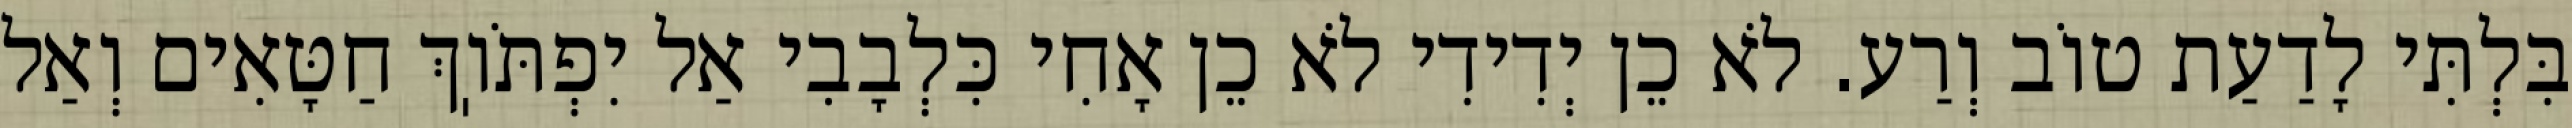
בִּלְתִּי לָדַעַת טוֹב וְרַע. לֹא כֵן יְדִידִי לֹא כֵן אָחִי כִּלְבָבִי אַל יִפְתֹּוֽךְ חַטָּאִים וְאַל